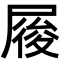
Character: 𡲲